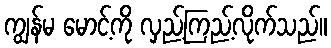
ကျွန်မ မောင့်ကို လှည့်ကြည့်လိုက်သည်။